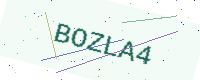
Text: BOZLA4